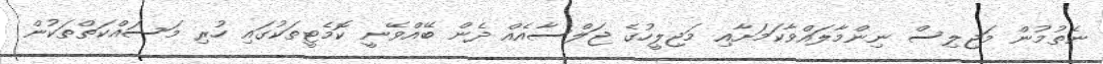
ނެތުމުން މަޖިލިސް ނިންމާލައްވާކަމަށާއި މަޖިލީހުގެ ޖަލްސާއެއް ދެން ބޭއްވޭނީ ކޮމެޓީތަކުގައި ހުރި މަސައްކަތްތަކުން